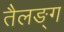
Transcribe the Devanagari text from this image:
तैलङ्ग